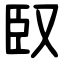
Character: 臤